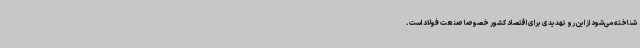
شناخته می‌شود از این رو تهدیدی برای اقتصاد کشور خصوصا صنعت فولاد است.